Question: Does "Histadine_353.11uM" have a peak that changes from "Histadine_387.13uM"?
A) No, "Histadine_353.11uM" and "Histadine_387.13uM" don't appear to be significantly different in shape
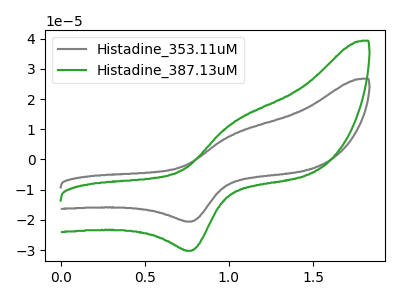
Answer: <think>The gray curve "Histadine_353.11uM" has an anodic peak at (1.05V, 8.40uA) and a cathodic peak at (0.80V, -20.55uA). The green curve "Histadine_387.13uM" has an anodic peak at (1.05V, 12.35uA) and a cathodic peak at (0.80V, -30.20uA).
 All the peaks in "Histadine_353.11uM" have a peak in "Histadine_387.13uM" at the same potential. Every peak in "Histadine_353.11uM" is lower than every peak in "Histadine_387.13uM".</think>
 <answer>A) No, "Histadine_353.11uM" and "Histadine_387.13uM" don't appear to be significantly different in shape</answer>
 <eval>A</eval>